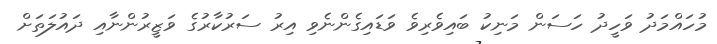
މުހައްމަދު ވަހީދު ހަސަން މަނިކު ބައިވެރިވެ ވަޑައިގެންނެވި އިރު ސަރުކާރުގެ ވަޒީރުންނާއި ދައުލަތަށް